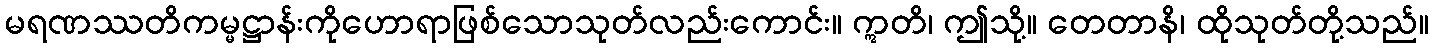
မရဏဿတိကမ္မဋ္ဌာန်းကိုဟောရာဖြစ်သောသုတ်လည်းကောင်း။ ဣတိ၊ ဤသို့။ တေတာနိ၊ ထိုသုတ်တို့သည်။